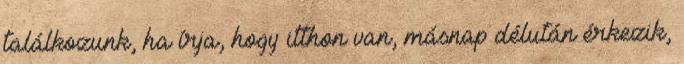
találkozunk, ha írja, hogy itthon van, másnap délután érkezik,